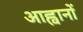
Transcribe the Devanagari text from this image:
आह्वानों